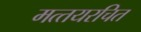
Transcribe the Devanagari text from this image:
मत्‍तयरचित